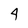
Character: 4